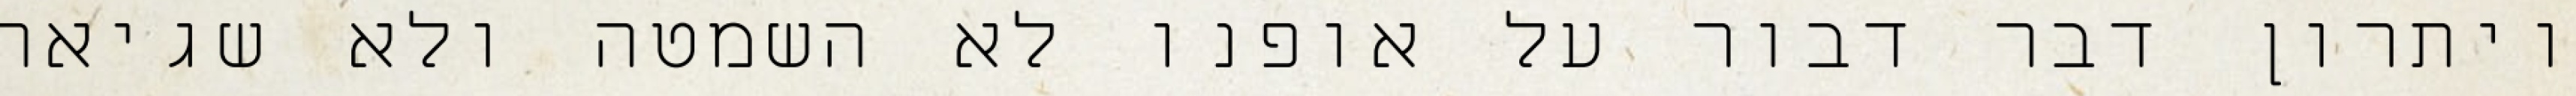
ויתרון דבר דבור על אופנו לא השמטה ולא שגיאה